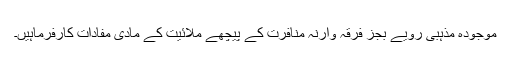
موجودہ مذہبی رویے بجز فرقہ وارنہ منافرت کے پیچھے ملائیت کے مادی مفادات کارفرماہیں۔